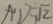
A ^ { \prime } D = \sqrt { 2 }